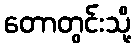
တောတွင်းသို့